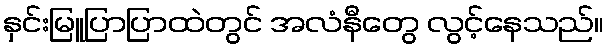
နှင်းမြူပြာပြာထဲတွင် အလံနီတွေ လွင့်နေသည်။